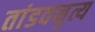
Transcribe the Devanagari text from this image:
तांडवनृत्य